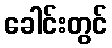
ခေါင်းတွင်